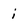
Character: i